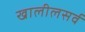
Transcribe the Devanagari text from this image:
खालीलसर्व